Rangoon Lunatic Asylum 1898-1906 - 1898-1906
Year: 1898
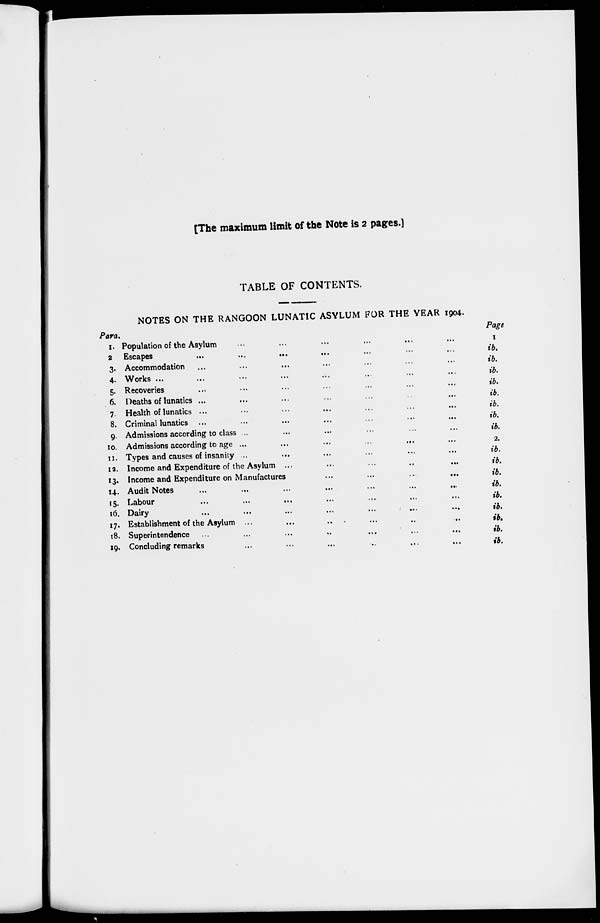
[The maximum limit of the Note is 2 pages.]
TABLE OF CONTENTS.
NOTES ON THE RANGOON LUNATIC ASYLUM FOR THE YEAR 1904.
Para.
1. Population of the Asylum ... ... ... ...
2 Escapes
...
...
...
...
3. Accommodation ... ... ... ...
4. Works ... ... ... ... ...
5. Recoveries ... ... ... ...
6. Deaths of lunatics ... ... ... ...
7. Health of lunatics ... ... ... ...
8. Criminal lunatics ... ... ... ...
9. Admissions according to class ... ... ...
10. Admissions according to age ... ... ...
11. Types and causes of insanity ... ...
12. Income and Expenditure of the Asylum ...
13. Income and Expenditure on Manufactures ...
14. Audit Notes ... ... ... ...
15. Labour ... ... ... ...
16. Dairy ... ... ... ...
17. Establishment of the Asylum ... ...
18. Superintendence ... ... ... ...
19. Concluding remarks ... ... ... ...
Page
1
ib.
ib.
ib.
ib.
ib.
ib.
ib.
ib.
2.
ib.
ib.
ib.
ib.
ib.
ib.
ib.
ib.
ib.